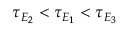
\tau _ { E _ { 2 } } < \tau _ { E _ { 1 } } < \tau _ { E _ { 3 } }